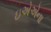
ઇએએના